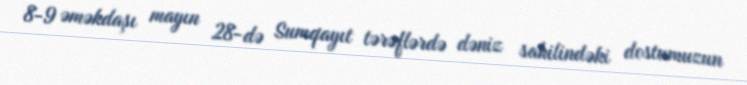
8-9 əməkdaşı mayın 28-də Sumqayıt tərəflərdə dəniz sahilindəki dostumuzun